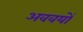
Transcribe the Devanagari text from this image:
अववयों